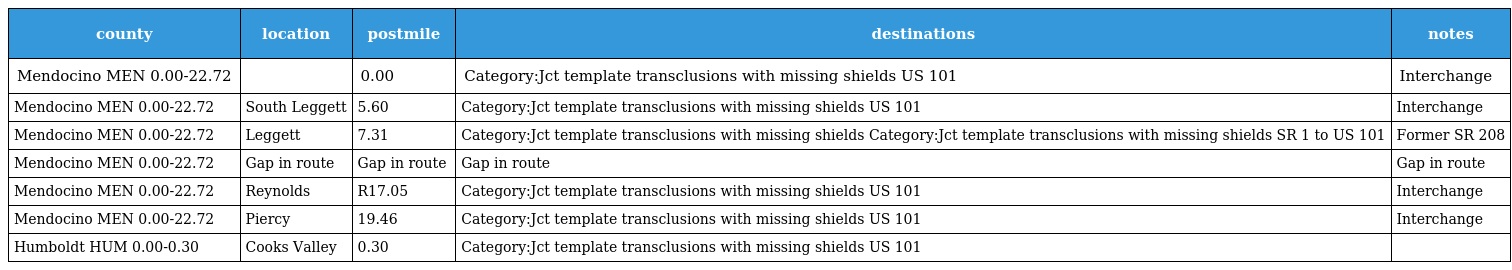
| county | location | postmile | destinations | notes |
 | --- | --- | --- | --- | --- |
 | Mendocino MEN 0.00-22.72 |  | 0.00 | Category:Jct template transclusions with missing shields US 101 | Interchange |
 | Mendocino MEN 0.00-22.72 | South Leggett | 5.60 | Category:Jct template transclusions with missing shields US 101 | Interchange |
 | Mendocino MEN 0.00-22.72 | Leggett | 7.31 | Category:Jct template transclusions with missing shields Category:Jct template transclusions with missing shields SR 1 to US 101 | Former SR 208 |
 | Mendocino MEN 0.00-22.72 | Gap in route | Gap in route | Gap in route | Gap in route |
 | Mendocino MEN 0.00-22.72 | Reynolds | R17.05 | Category:Jct template transclusions with missing shields US 101 | Interchange |
 | Mendocino MEN 0.00-22.72 | Piercy | 19.46 | Category:Jct template transclusions with missing shields US 101 | Interchange |
 | Humboldt HUM 0.00-0.30 | Cooks Valley | 0.30 | Category:Jct template transclusions with missing shields US 101 |  |